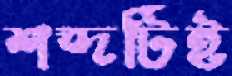
শব্দটিই